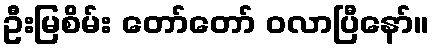
ဦးမြစိမ်း တော်တော် ဝလာပြီနော်။